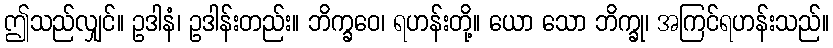
ဤသည်လျှင်။ ဥဒါနံ၊ ဥဒါန်းတည်း။ ဘိက္ခဝေ၊ ရဟန်းတို့။ ယော သော ဘိက္ခု၊ အကြင်ရဟန်းသည်။